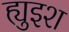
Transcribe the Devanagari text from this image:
ह्युइश